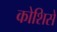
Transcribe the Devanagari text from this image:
कोशिसे